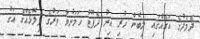
ދެމެދުގެ އަގެއްގައި ލިބެން ހުރި އިރު ދެފޫޓު ހަމަނުވާ ވަރުގެ ފިލޮޅެއްގެ އަގު